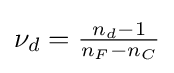
{\textstyle \nu _{d}={\frac {n_{d}-1}{n_{F}-n_{C}}}}